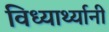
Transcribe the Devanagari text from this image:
विध्यार्थ्यानी